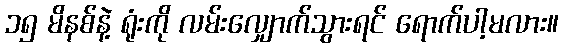
၁၅ မိနစ်နဲ့ ရုံးကို လမ်းလျှောက်သွားရင် ရောက်ပါ့မလား။